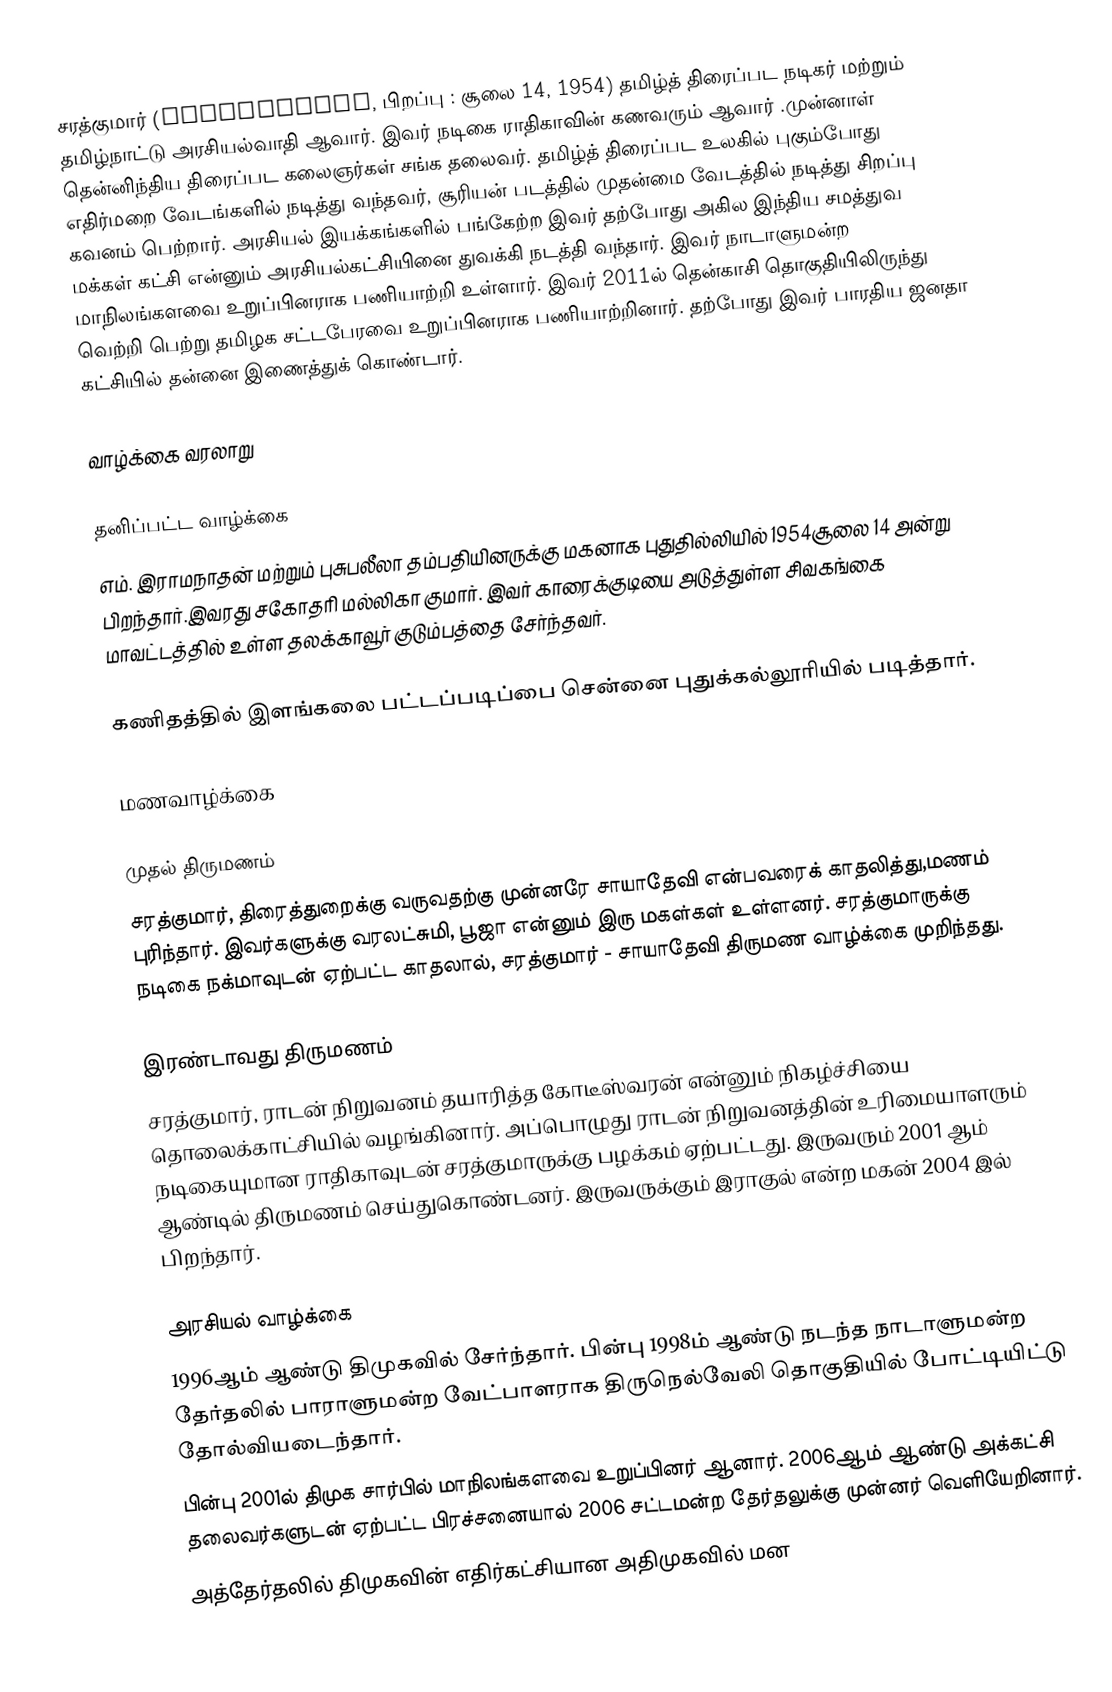
சரத்குமார் (Sarathkumar, பிறப்பு : சூலை 14, 1954) தமிழ்த் திரைப்பட நடிகர் மற்றும் தமிழ்நாட்டு அரசியல்வாதி ஆவார். இவர் நடிகை ராதிகாவின் கணவரும் ஆவார் .முன்னாள் தென்னிந்திய திரைப்பட கலைஞர்கள் சங்க தலைவர். தமிழ்த் திரைப்பட உலகில் புகும்போது எதிர்மறை வேடங்களில் நடித்து வந்தவர், சூரியன் படத்தில் முதன்மை வேடத்தில் நடித்து சிறப்பு கவனம் பெற்றார். அரசியல் இயக்கங்களில் பங்கேற்ற இவர் தற்போது அகில இந்திய சமத்துவ மக்கள் கட்சி என்னும் அரசியல்கட்சியினை துவக்கி நடத்தி வந்தார். இவர் நாடாளுமன்ற மாநிலங்களவை உறுப்பினராக பணியாற்றி உள்ளார். இவர் 2011ல் தென்காசி தொகுதியிலிருந்து வெற்றி பெற்று தமிழக சட்டபேரவை உறுப்பினராக  பணியாற்றினார். தற்போது இவர் பாரதிய ஜனதா கட்சியில் தன்னை இணைத்துக் கொண்டார்.

வாழ்க்கை வரலாறு

தனிப்பட்ட வாழ்க்கை
எம். இராமநாதன் மற்றும் புசுபலீலா தம்பதியினருக்கு மகனாக புதுதில்லியில் 1954சூலை 14 அன்று பிறந்தார்.இவரது சகோதரி மல்லிகா குமார். இவர் காரைக்குடியை அடுத்துள்ள சிவகங்கை மாவட்டத்தில் உள்ள தலக்காவூர்  குடும்பத்தை  சேர்ந்தவர்.

கணிதத்தில் இளங்கலை பட்டப்படிப்பை சென்னை புதுக்கல்லூரியில் படித்தார்.

மணவாழ்க்கை

முதல் திருமணம்
சரத்குமார், திரைத்துறைக்கு வருவதற்கு முன்னரே சாயாதேவி என்பவரைக் காதலித்து,மணம் புரிந்தார். இவர்களுக்கு வரலட்சுமி, பூஜா என்னும் இரு மகள்கள் உள்ளனர்.  சரத்குமாருக்கு நடிகை நக்மாவுடன் ஏற்பட்ட காதலால், சரத்குமார் - சாயாதேவி திருமண வாழ்க்கை முறிந்தது.

இரண்டாவது திருமணம்
சரத்குமார், ராடன் நிறுவனம் தயாரித்த கோடீஸ்வரன் என்னும் நிகழ்ச்சியை தொலைக்காட்சியில் வழங்கினார். அப்பொழுது ராடன் நிறுவனத்தின் உரிமையாளரும் நடிகையுமான ராதிகாவுடன் சரத்குமாருக்கு பழக்கம் ஏற்பட்டது. இருவரும் 2001 ஆம் ஆண்டில் திருமணம் செய்துகொண்டனர். இருவருக்கும் இராகுல் என்ற மகன் 2004 இல் பிறந்தார்.

அரசியல் வாழ்க்கை
 1996ஆம் ஆண்டு திமுகவில் சேர்ந்தார். பின்பு 1998ம் ஆண்டு நடந்த நாடாளுமன்ற தேர்தலில் பாராளுமன்ற வேட்பாளராக திருநெல்வேலி தொகுதியில் போட்டியிட்டு தோல்வியடைந்தார்.
 பின்பு 2001ல் திமுக சார்பில் மாநிலங்களவை உறுப்பினர் ஆனார். 2006ஆம் ஆண்டு அக்கட்சி தலைவர்களுடன் ஏற்பட்ட பிரச்சனையால் 2006 சட்டமன்ற தேர்தலுக்கு முன்னர் வெளியேறினார்.
 அத்தேர்தலில் திமுகவின் எதிர்கட்சியான அதிமுகவில் மன